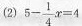
(2) $$5 - \frac { 1 } { 4 } x = 4$$